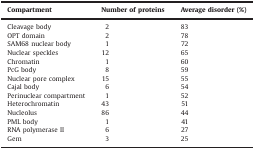
| Compartment | Number of proteins | Average disorder (%) |
 | --- | --- | --- |
 | Cleavage body | 2 | 83 |
 | OPT domain | 2 | 78 |
 | SAM68 nuclear body | 1 | 72 |
 | Nuclear speckles | 12 | 65 |
 | Chromatin | 1 | 60 |
 | PcG body | 8 | 59 |
 | Nuclear pore complex | 15 | 55 |
 | Cajal body | 6 | 54 |
 | Perinuclear compartment | 1 | 52 |
 | Heterochromatin | 43 | 51 |
 | Nucleolus | 86 | 44 |
 | PML body | 1 | 41 |
 | RNA polymerase II | 6 | 27 |
 | Gem | 3 | 25 |